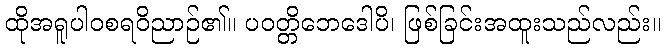
ထိုအရူပါဝစရဝိညာဉ်၏။ ပဝတ္တိဘေဒေါပိ၊ ဖြစ်ခြင်းအထူးသည်လည်း။